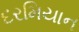
દરમિયાન